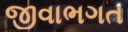
જીવાભગત